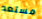
مستعد